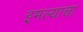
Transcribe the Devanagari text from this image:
इमल्याचा